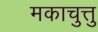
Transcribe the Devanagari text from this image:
मकाचुत्तु